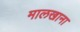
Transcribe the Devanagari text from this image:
मालखाना